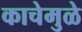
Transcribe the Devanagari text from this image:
काचेमुळे